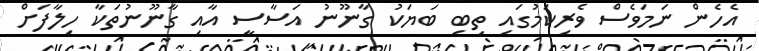
އެހެން ނަމަވެސް ވެރިކަމުގައި ތިބި ބަޔަކު ގާނޫނު އަސާސީ އާއި ގާނޫނުތަކާ ހިލާފަށް